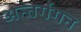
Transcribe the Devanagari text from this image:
अन्तर्गगन